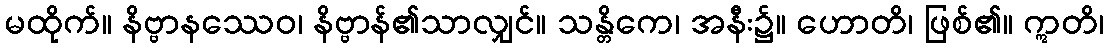
မထိုက်။ နိဗ္ဗာနဿေဝ၊ နိဗ္ဗာန်၏သာလျှင်။ သန္တိကေ၊ အနီး၌။ ဟောတိ၊ ဖြစ်၏။ ဣတိ၊